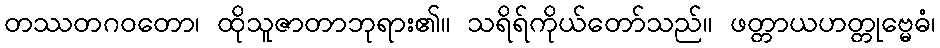
တဿတဂဝတော၊ ထိုသူဇာတာဘုရား၏။ သရိရ်ကိုယ်တော်သည်။ ဖတ္တာယဟတ္တုဗ္မေဓံ၊